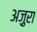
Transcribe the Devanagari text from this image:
अज़ुरा